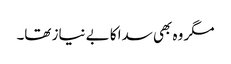
مگر وہ بھی سدا کا بے نیاز تھا۔